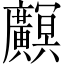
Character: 𫸏